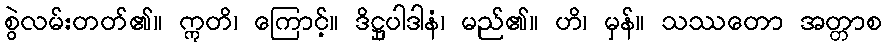
စွဲလမ်းတတ်၏။ ဣတိ၊ ကြောင့်။ ဒိဋ္ဌုပါဒါနံ၊ မည်၏။ ဟိ၊ မှန်။ သဿတော အတ္တာစ